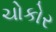
ચોકોર